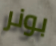
بونر